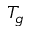
T _ { g }